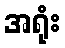
အရုံး